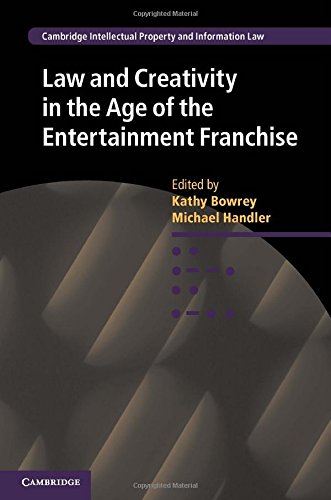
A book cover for Law and Creativity in the Age of the Entertainment Franchise (Cambridge Intellectual Property and Information Law); Law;